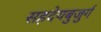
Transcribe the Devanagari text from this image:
सहदेयबुजुर्ग